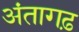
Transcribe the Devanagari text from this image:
अंतागढ़